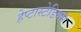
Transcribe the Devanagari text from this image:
हेप्टास्टेडियम